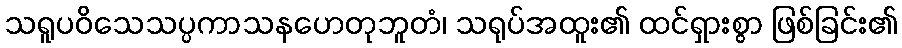
သရူပဝိသေသပ္ပကာသနဟေတုဘူတံ၊ သရုပ်အထူး၏ ထင်ရှားစွာ ဖြစ်ခြင်း၏